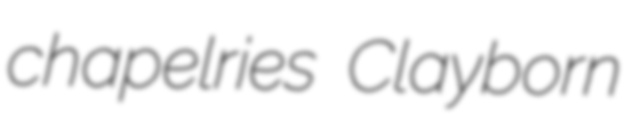
chapelries Clayborn